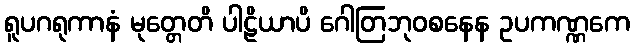
ရူပဂရုကာနံ မုတ္တေတိ ပါဠိယာပိ ဂေါတြဘုဝစနေန ဥပကဏ္ဏကေ